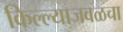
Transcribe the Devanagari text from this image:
किल्ल्याजवळचा